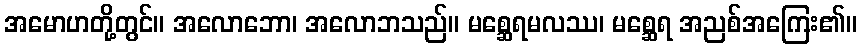
အမောဟတို့တွင်။ အလောဘော၊ အလောဘသည်။ မစ္ဆေရမလဿ၊ မစ္ဆေရ အညစ်အကြေး၏။